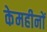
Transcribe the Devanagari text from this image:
केमहीनों